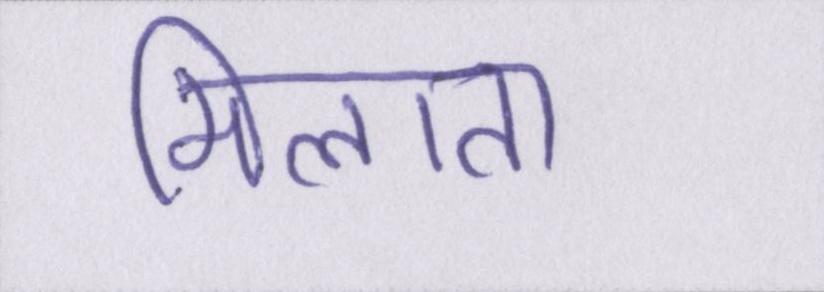
मिलाता